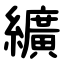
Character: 纊